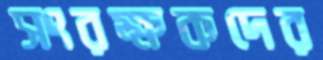
সংরক্ষকদের